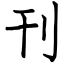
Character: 刊